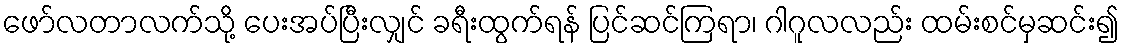
ဖော်လတာလက်သို့ ပေးအပ်ပြီးလျှင် ခရီးထွက်ရန် ပြင်ဆင်ကြရာ၊ ဂါဂူလလည်း ထမ်းစင်မှဆင်း၍